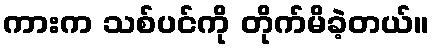
ကားက သစ်ပင်ကို တိုက်မိခဲ့တယ်။